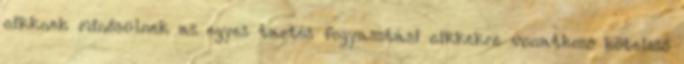
cikknek minősülnek az egyes tartós fogyasztási cikkekre vonatkozó kötelező